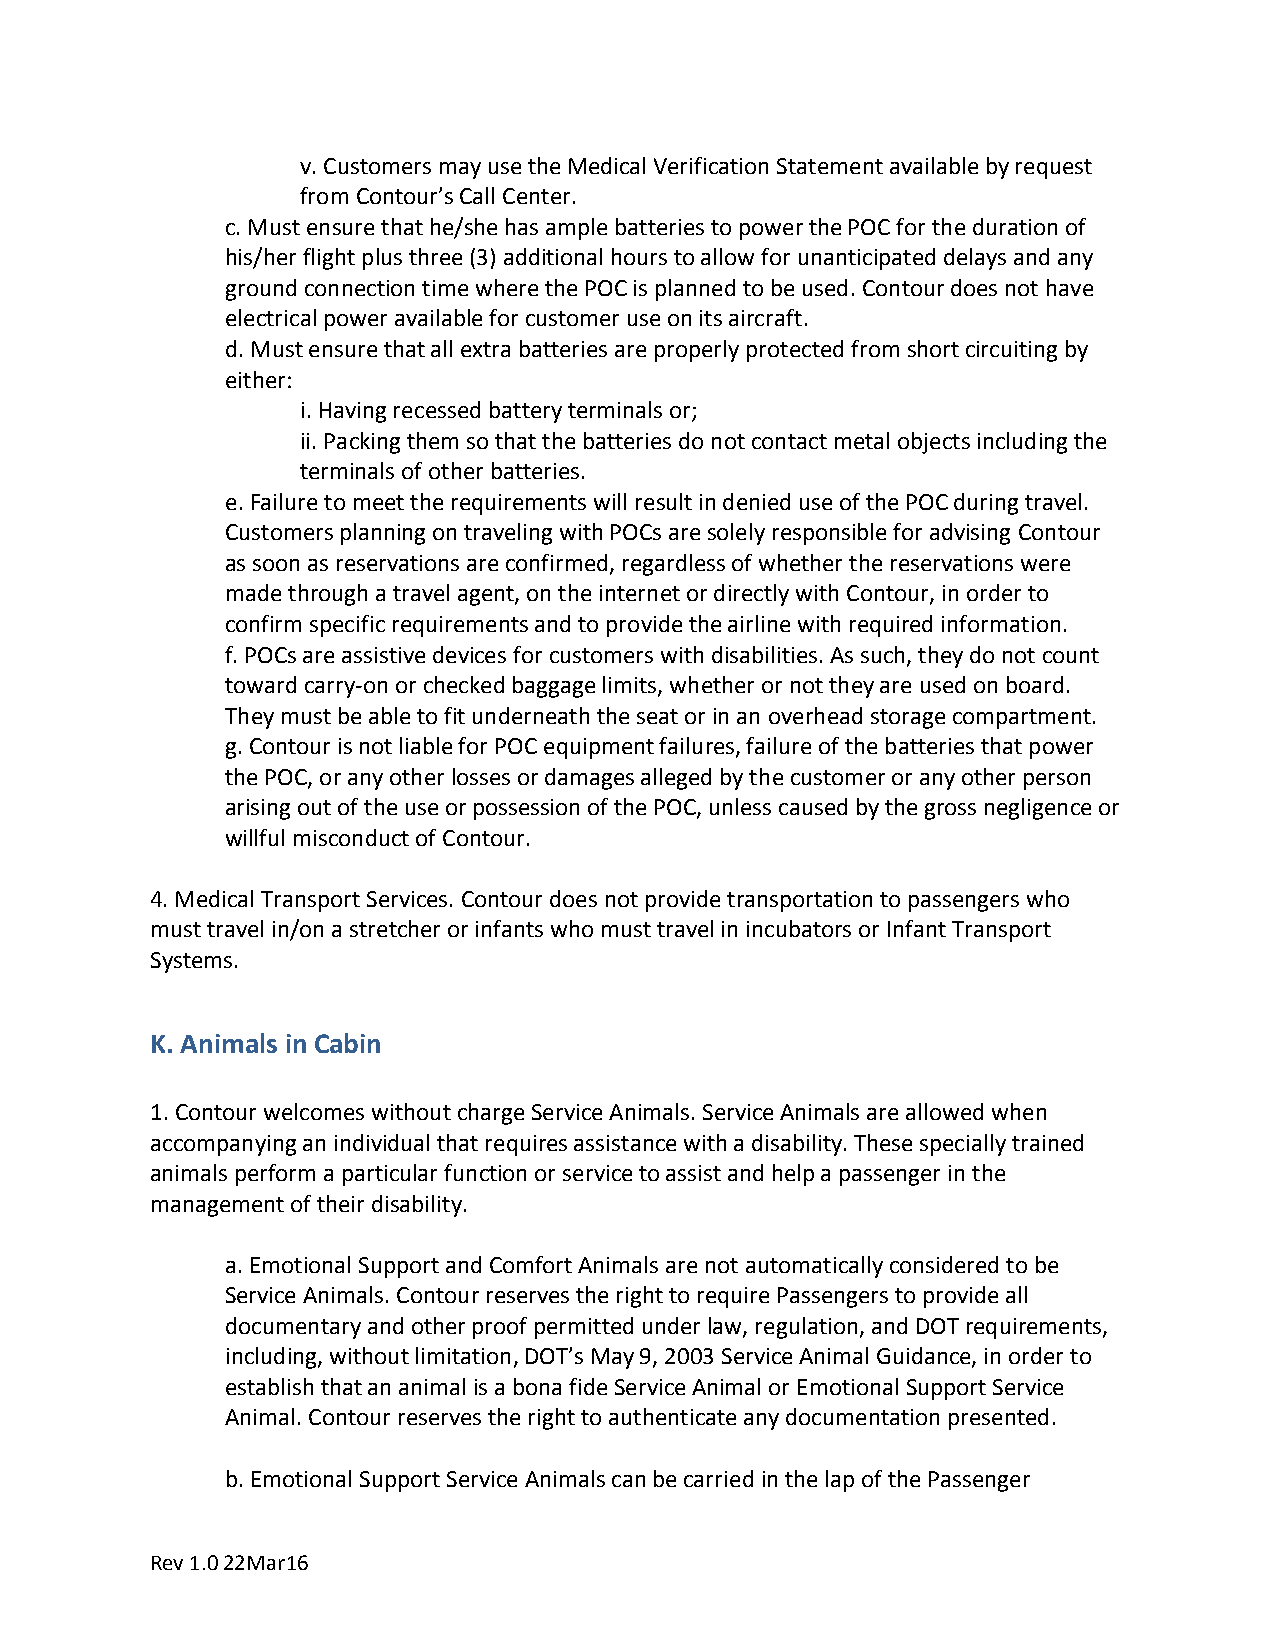
v.Customers may use the Medical Verification Statement available by request
 from Contour’s Call Center.
 c.Must ensure that he/she has ample batteries to power the POC for the duration of
 his/her flight plus three (3) additional hours to allow for unanticipated delays and any
 ground connection time where the POC is planned to be used. Contour does not have
 electrical power available for customer use on its aircraft.
 d.Must ensure that all extra batteries are properly protected from short circuiting by
 either:
 i.Having recessed battery terminals or;
 ii.Packing them so that the batteries do not contact metal objects including the
 terminals of other batteries.
 e.Failure to meet the requirements will result in denied use of the POC during travel.
 Customers planning on traveling with POCs are solely responsible for advising Contour
 as soon as reservations are confirmed, regardless of whether the reservations were
 made through a travel agent, on the internet or directly with Contour, in order to
 confirm specific requirements and to provide the airline with required information.
 f.POCs are assistive devices for customers with disabilities. As such, they do not count
 toward carry-on or checked baggage limits, whether or not they are used on board.
 They must be able to fit underneath the seat or in an overhead storage compartment.
 g.Contour is not liable for POC equipment failures, failure of the batteries that power
 the POC, or any other losses or damages alleged by the customer or any other person
 arising out of the use or possession of the POC, unless caused by the gross negligence or
 willful misconduct of Contour.
 4.Medical Transport Services. Contour does not provide transportation to passengers who
 must travel in/on a stretcher or infants who must travel in incubators or Infant Transport
 Systems.
 K. Animals in Cabin
 1.Contour welcomes without charge Service Animals. Service Animals are allowed when
 accompanying an individual that requires assistance with a disability. These specially trained
 animals perform a particular function or service to assist and help a passenger in the
 management of their disability.
 a.Emotional Support and Comfort Animals are not automatically considered to be
 Service Animals. Contour reserves the right to require Passengers to provide all
 documentary and other proof permitted under law, regulation, and DOT requirements,
 including, without limitation, DOT’s May 9, 2003 Service Animal Guidance, in order to
 establish that an animal is a bona fide Service Animal or Emotional Support Service
 Animal. Contour reserves the right to authenticate any documentation presented.
 b.Emotional Support Service Animals can be carried in the lap of the Passenger
 Rev 1.0 22Mar16